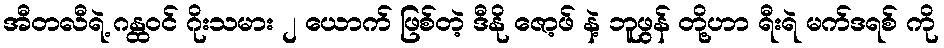
အီတလီရဲ့ ဂန္ထဝင် ဂိုးသမား ၂ ယောက် ဖြစ်တဲ့ ဒီနို ဇော့ဖ် နဲ့ ဘူဖွန် တို့ဟာ ရီးရဲ မက်ဒရစ် ကို